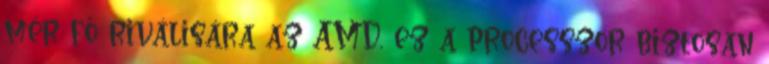
mér fő riválisára az AMD, ez a processzor biztosan